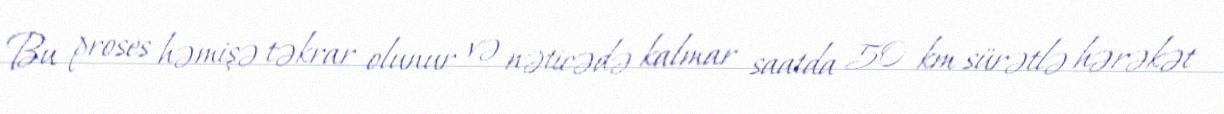
Bu proses həmişə təkrar olunur və nəticədə kalmar saatda 50 km sürətlə hərəkət